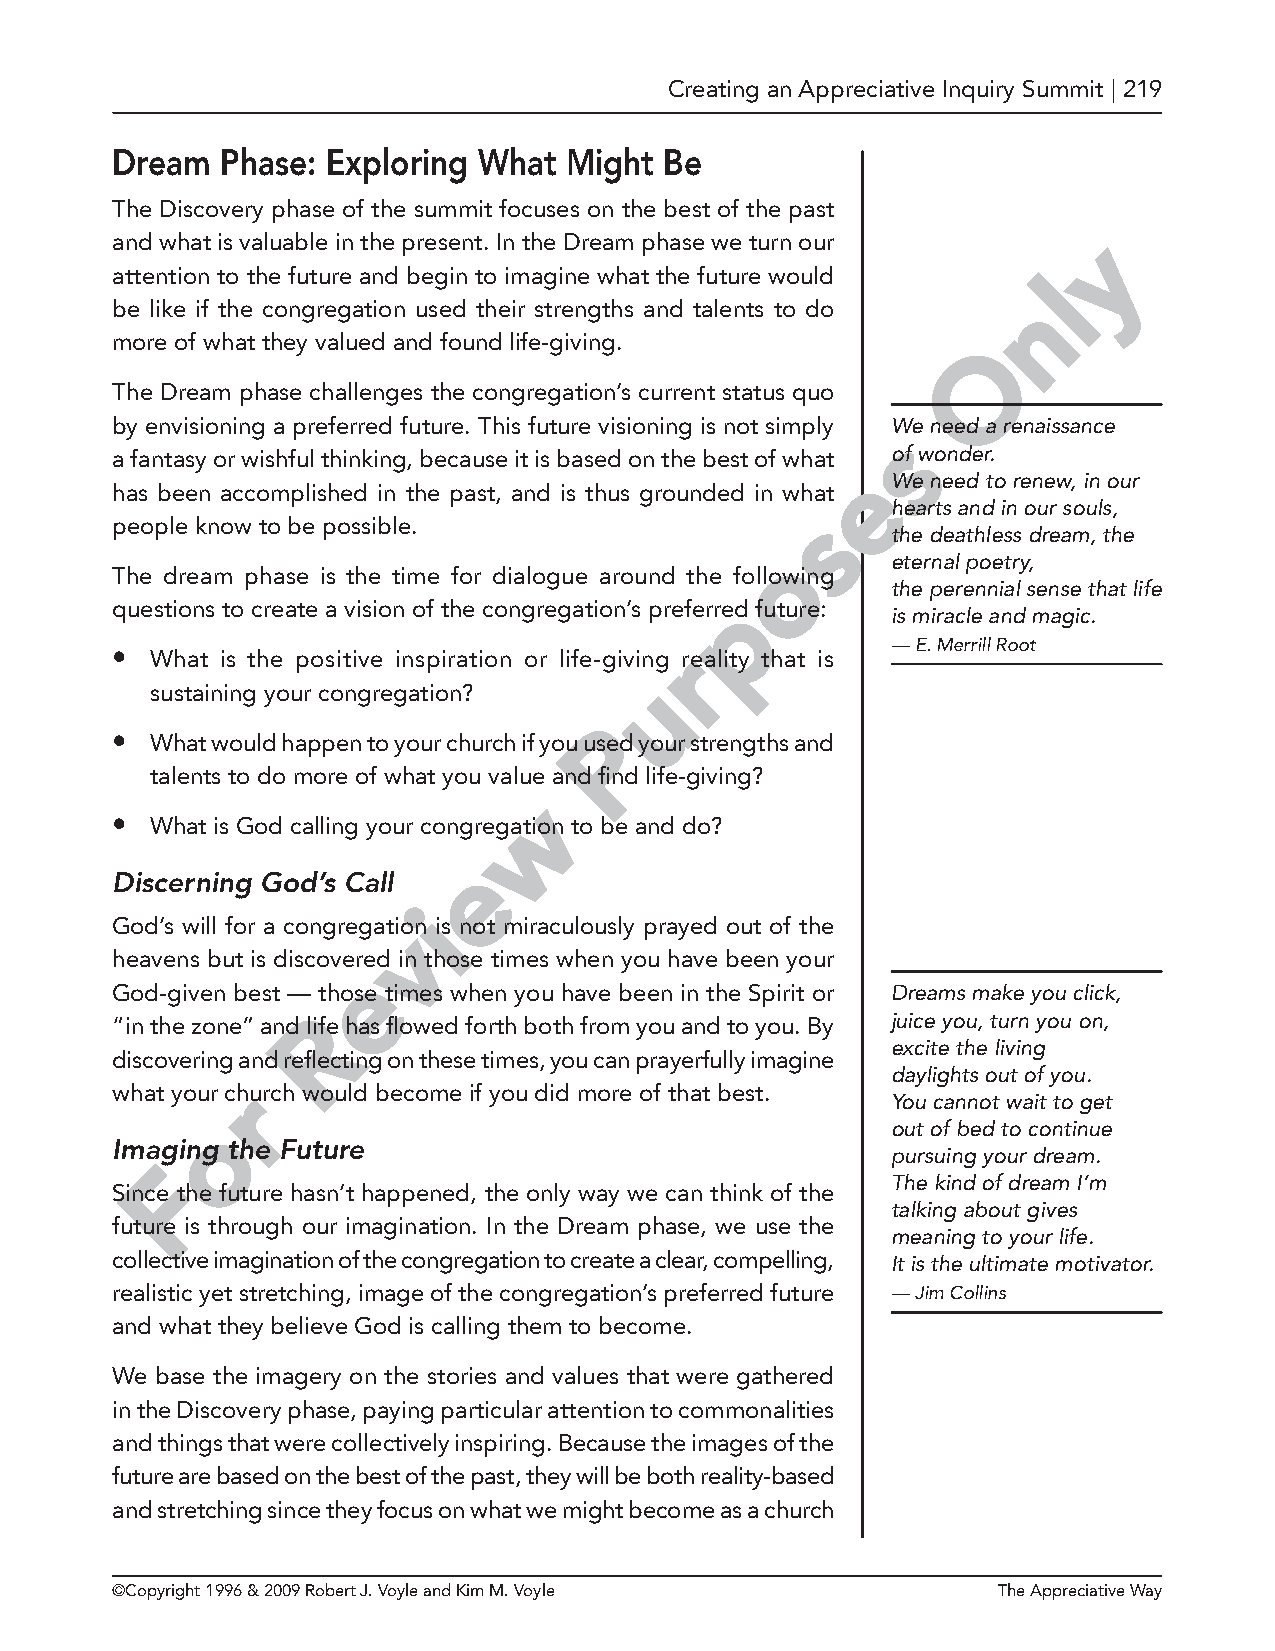
Creating an Appreciative Inquiry Summit | 219
 Dream   Phase: Exploring What Might  Be
 The Discovery phase of the summit focuses on the best of the past
 and what is valuable in the present. In the Dream phase we turn our y
 attention to the future and begin to imagine what the future would l
 n
 be like if the congregation used their strengths and talents to do
 more of what they valued and found life-giving.           O
 The Dream phase challenges the congregation’s current status quo
 by envisioning a preferred future. This future visioning is not simply We need a renaissance
 s
 a fantasy or wishful thinking, because it is based on the best of what of wonder.
 e
 We need to renew, in our
 has been accomplished in the past, and is thus grounded in what
 hearts and in our souls,
 s
 people know to be possible.
 the deathless dream, the
 o
 eternal poetry,
 The dream phase is the time for dialogue around the following
 the perennial sense that life
 p
 questions to create a vision of the congregation’s preferred future:
 is miracle and magic.
 •  What is the positive inspiration or life-giving r reality that is — E. Merrill Root
 u
 sustaining your congregation?
 P
 •  What would happen to your church if you used your strengths and
 talents to do more of what you value and find life-giving?
 w
 •  What is God calling your congregation to be and do?
 e
 Discerning God’s Call
 i
 God’s will for a congregativon is not miraculously prayed out of the
 heavens but is discovered in those times when you have been your
 e
 God-given best — those times when you have been in the Spirit or Dreams make you click,
 “in the zone” and lR ife has flowed forth both from you and to you. By juice you, turn you on,
 excite the living
 discovering and reflecting on these times, you can prayerfully imagine
 daylights out of you.
 what your crhurch would become if you did more of that best.
 You cannot wait to get
 o
 out of bed to continue
 Imaging the Future
 pursuing your dream.
 F
 The kind of dream I’m
 Since the future hasn’t happened, the only way we can think of the
 talking about gives
 future is through our imagination. In the Dream phase, we use the
 meaning to your life.
 collective imagination of the congregation to create a clear, compelling, It is the ultimate motivator.
 realistic yet stretching, image of the congregation’s preferred future — Jim Collins
 and what they believe God is calling them to become.
 We base the imagery on the stories and values that were gathered
 in the Discovery phase, paying particular attention to commonalities
 and things that were collectively inspiring. Because the images of the
 future are based on the best of the past, they will be both reality-based
 and stretching since they focus on what we might become as a church
 ©Copyright 1996 & 2009 Robert J. Voyle and Kim M. Voyle    The Appreciative Way